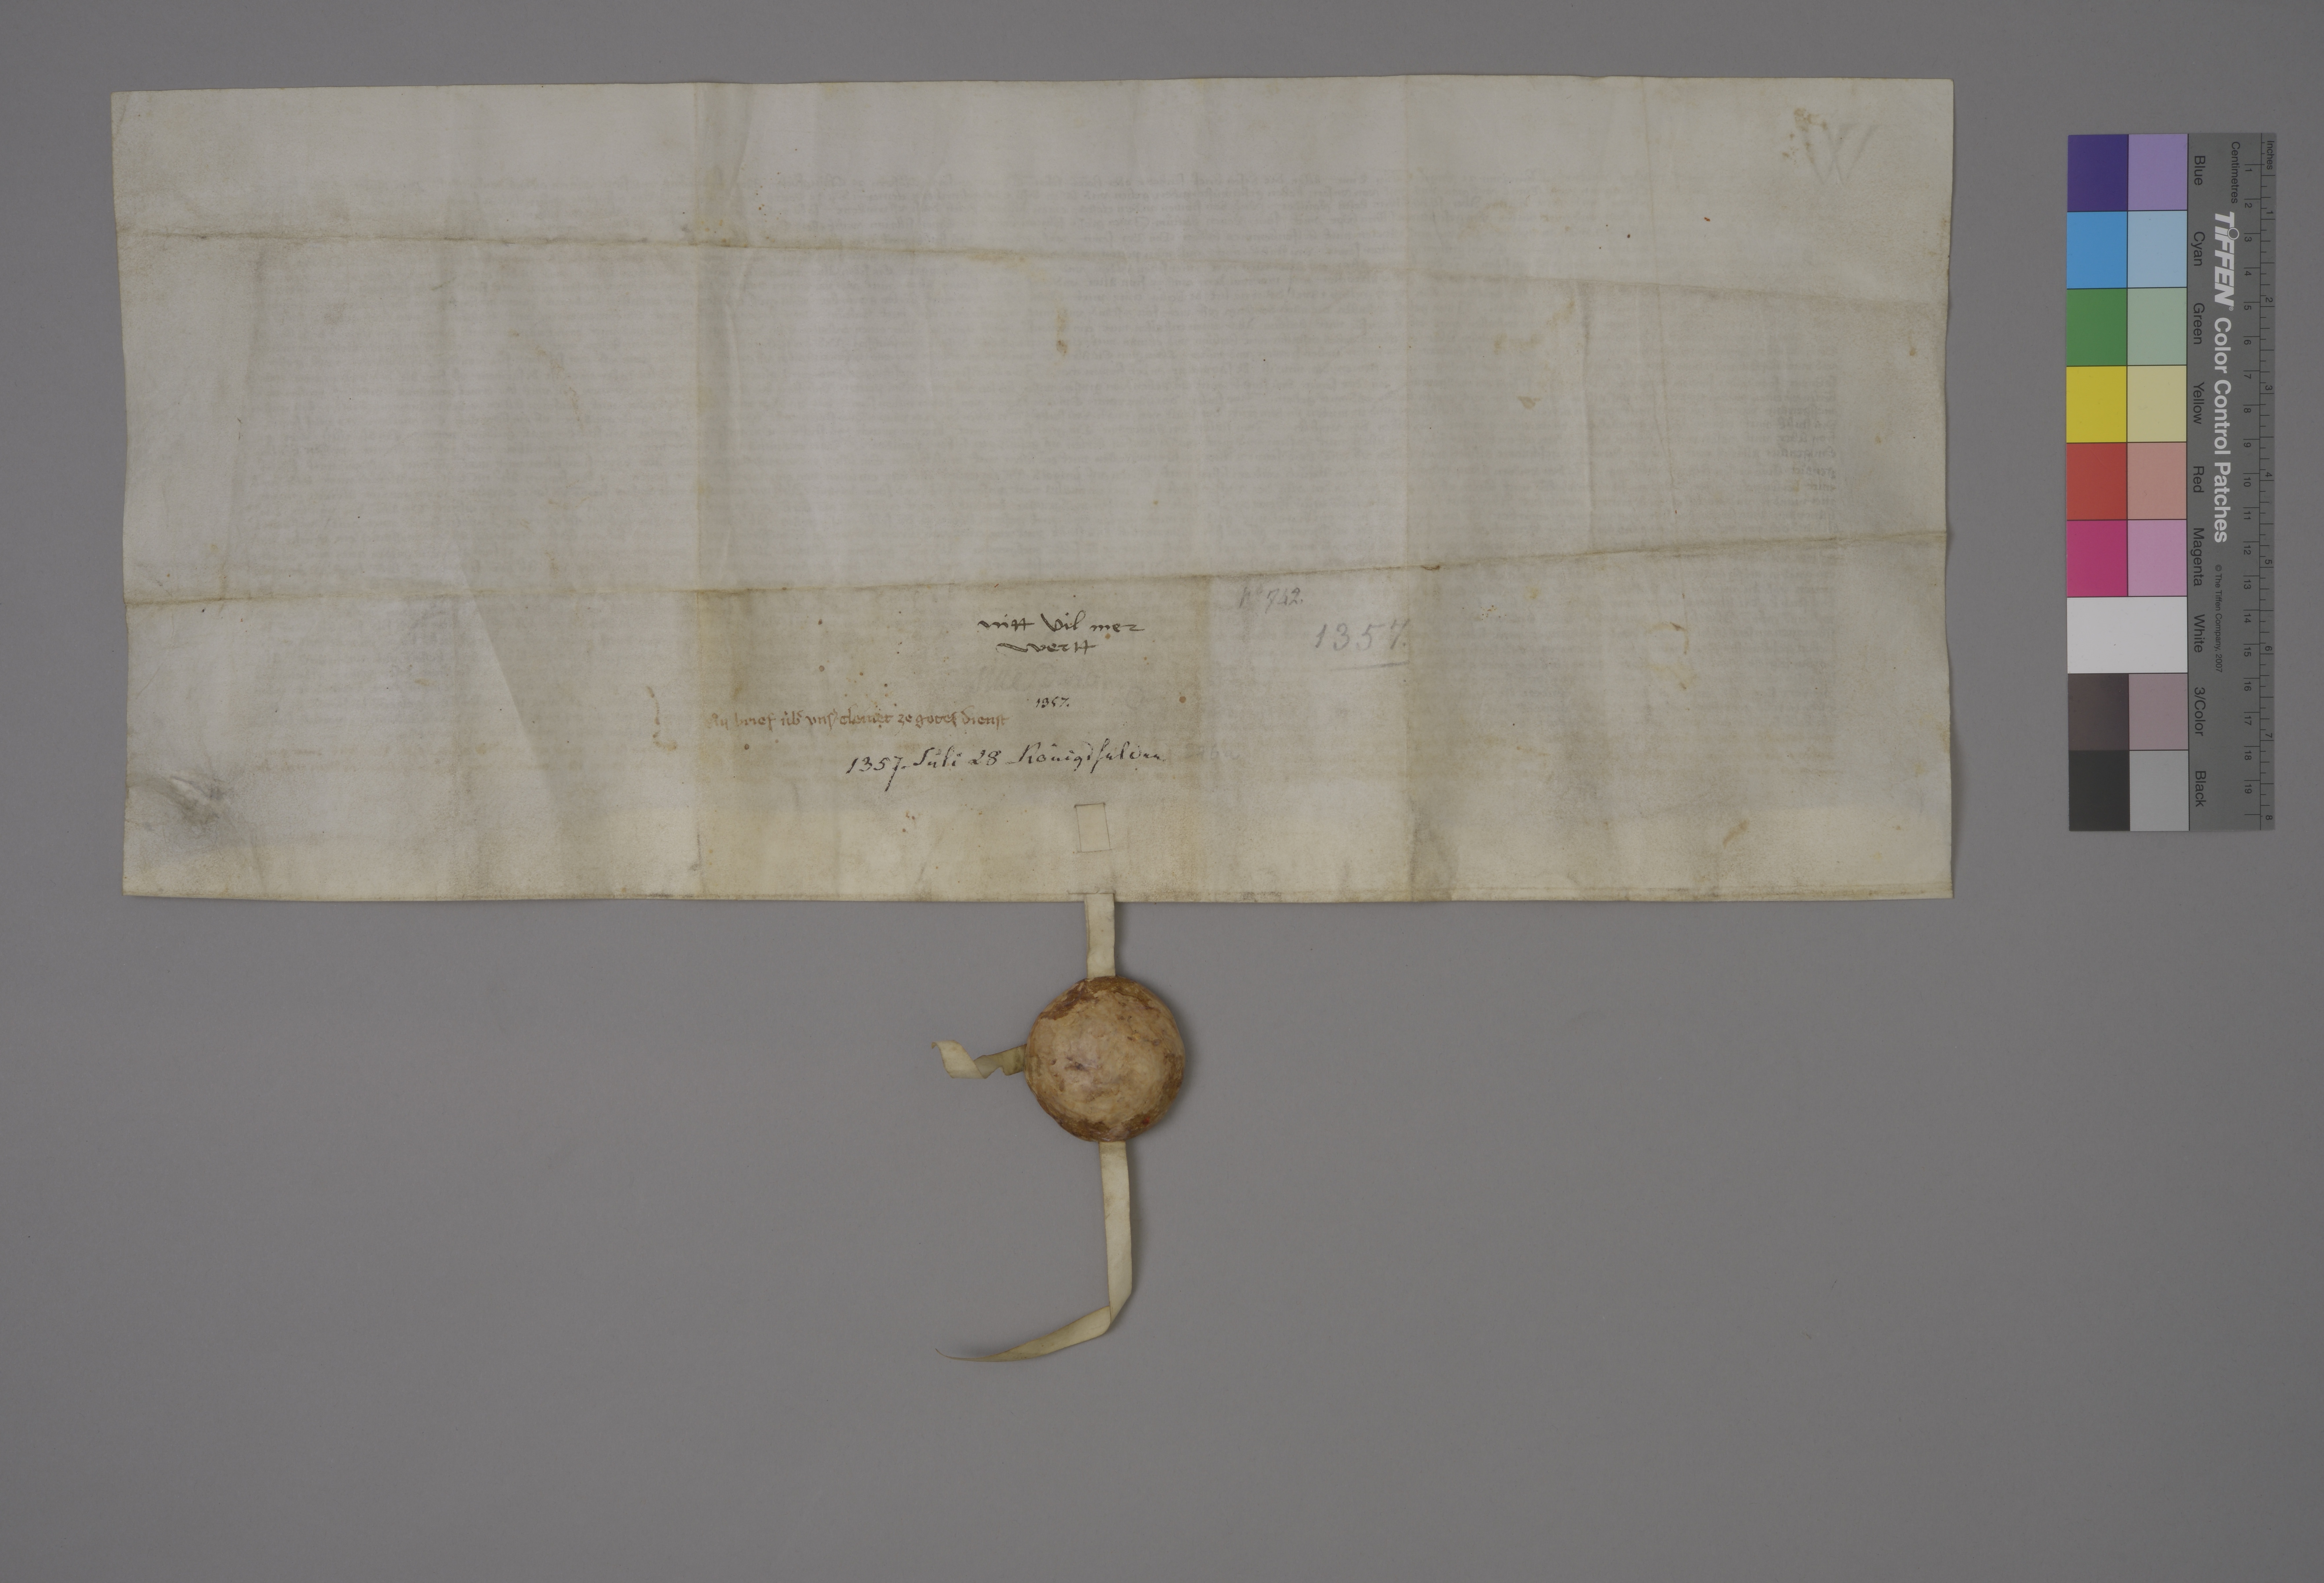
Transcription:
Nͦ✳ 742 ✳

nitt vil mer
wertt

1357 ✳

sine dato
✳

ein brief ùbˀ unsˀ cleinet ze gotes dienst

1357 ✳

276 a

1357 ✳ jùli 28 ✳ Königsfelden ✳